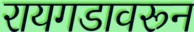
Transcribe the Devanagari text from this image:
रायगडावरून